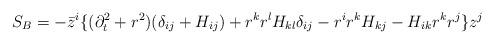
LaTeX: \begin{align*}S_B = -\bar{z}^i\{(\partial_t^2 + r^2) (\delta_{ij} + H_{ij}) + r^k r^l H_{kl} \delta_{ij} - r^i r^k H_{kj} - H_{ik} r^k r^j \}z^j\end{align*}